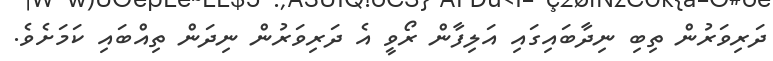
ދަރިވަރުން ތިބި ނިދާބައިގައި އަލިފާން ރޯވީ އެ ދަރިވަރުން ނިދަން ތިއްބައި ކަމަށެވެ.